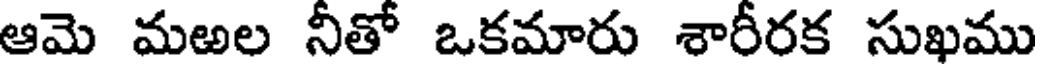
ఆమె మఱల నీతో ఒకమారు శారీరక సుఖము